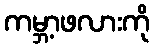
ကမ္ဘာ့ဖလားကို